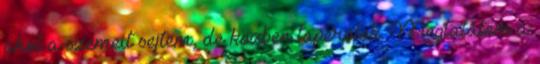
ahol a szemeit sejtem, de közben taperolok. Megtalálom a